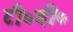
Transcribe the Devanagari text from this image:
टी०वी०